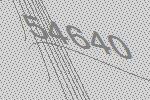
54640